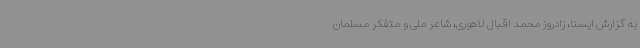
به گزارش ایسنا، زادروز محمد اقبال لاهوری، شاعر ملی و متفکر مسلمان